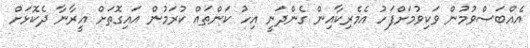
އެއްބަސްވުމުން ވަކިވުމަށްފަހު އެމެރިކާއިން ގެންދަނީ އިހު ކަންތައް ކުރަމުން އައިގޮތަށް އީރާނާ ދެކޮޅަށް